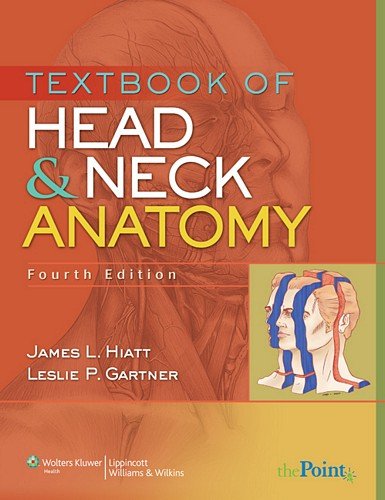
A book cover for Textbook of Head and Neck Anatomy (Point (Lippincott Williams & Wilkins)); James L. Hiatt PhD; Medical Books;